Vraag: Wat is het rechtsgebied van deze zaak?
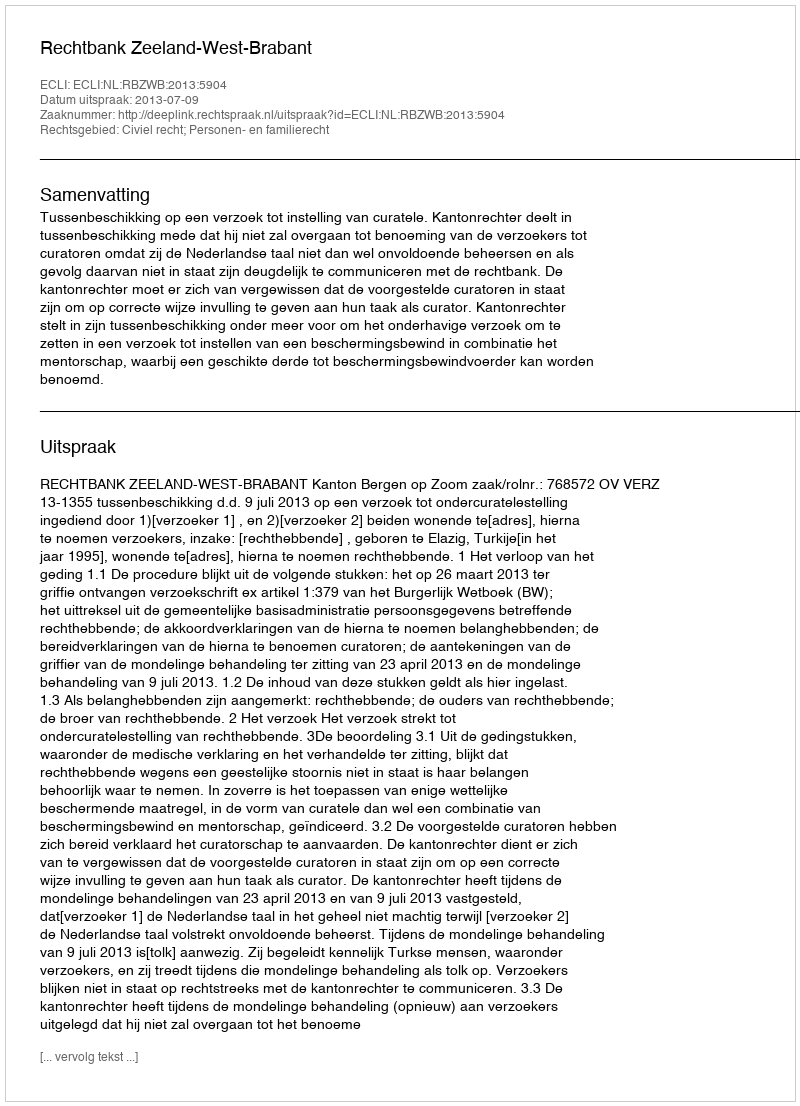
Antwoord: Civiel recht; Personen- en familierecht